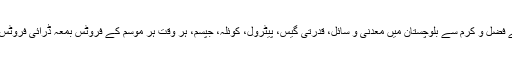
اللہ تعالیٰ کے فضل و کرم سے بلوچستان میں معدنی و سائل، قدرتی گیس، پیٹرول، کوئلہ، جپسم، ہر وقت ہر موسم کے فروٹس بمعہ ڈرائی فروٹس دستیاب ہیں۔